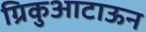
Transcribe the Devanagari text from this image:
ग्रिकुआटाऊन